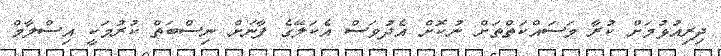
ދިރިއުޅުމަށް ކުރާ މަސައްކަތްތަށް ނުކޮށް އެދުވަސް އެކަލޭގެ ފާނަށް ނިސްބަތް ކުރުމަކީ އިސްލާމް